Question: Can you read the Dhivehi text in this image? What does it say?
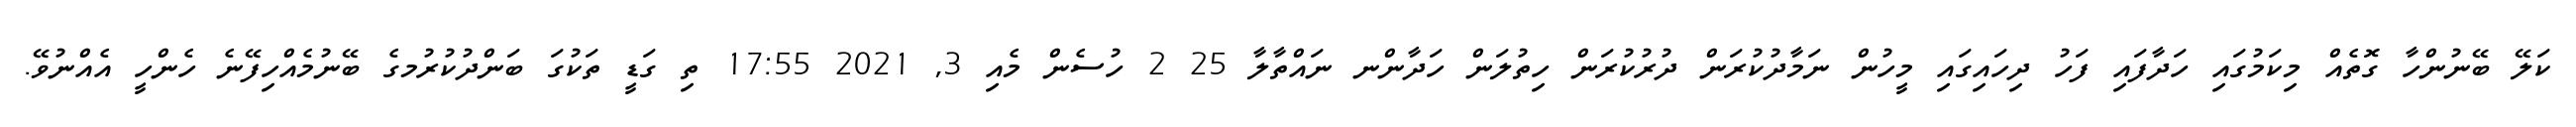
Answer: ކަލޭ ބޭނުންހާ ގޮތެއް މިކަމުގައި ހަދާފައި ފަހު ދިހައިގައި މީހުން ނަމާދުކުރަން ދުރުކުރަން ހިތުލަން ހަދާންނ ނައްތާލާ 25 2 ހުސެން މެއި 3, 2021 17:55 ތި ގަޑީ ތަކުގަ ބަންދުކުރުމގެ ބޭނުމެއްހިފޭނެ ހެންހީ އެއްނުވޭ.